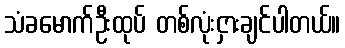
သံခမောက်ဦးထုပ် တစ်လုံးငှားချင်ပါတယ်။